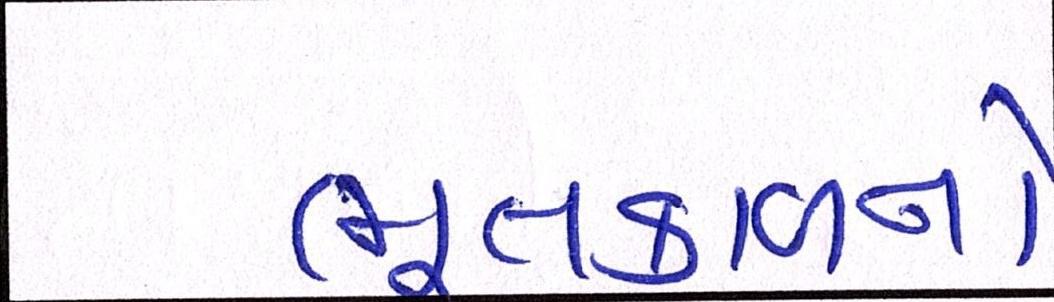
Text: ભૂતકાળનો